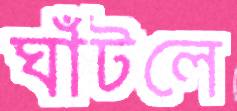
ঘাঁটলে